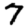
Digit: 7